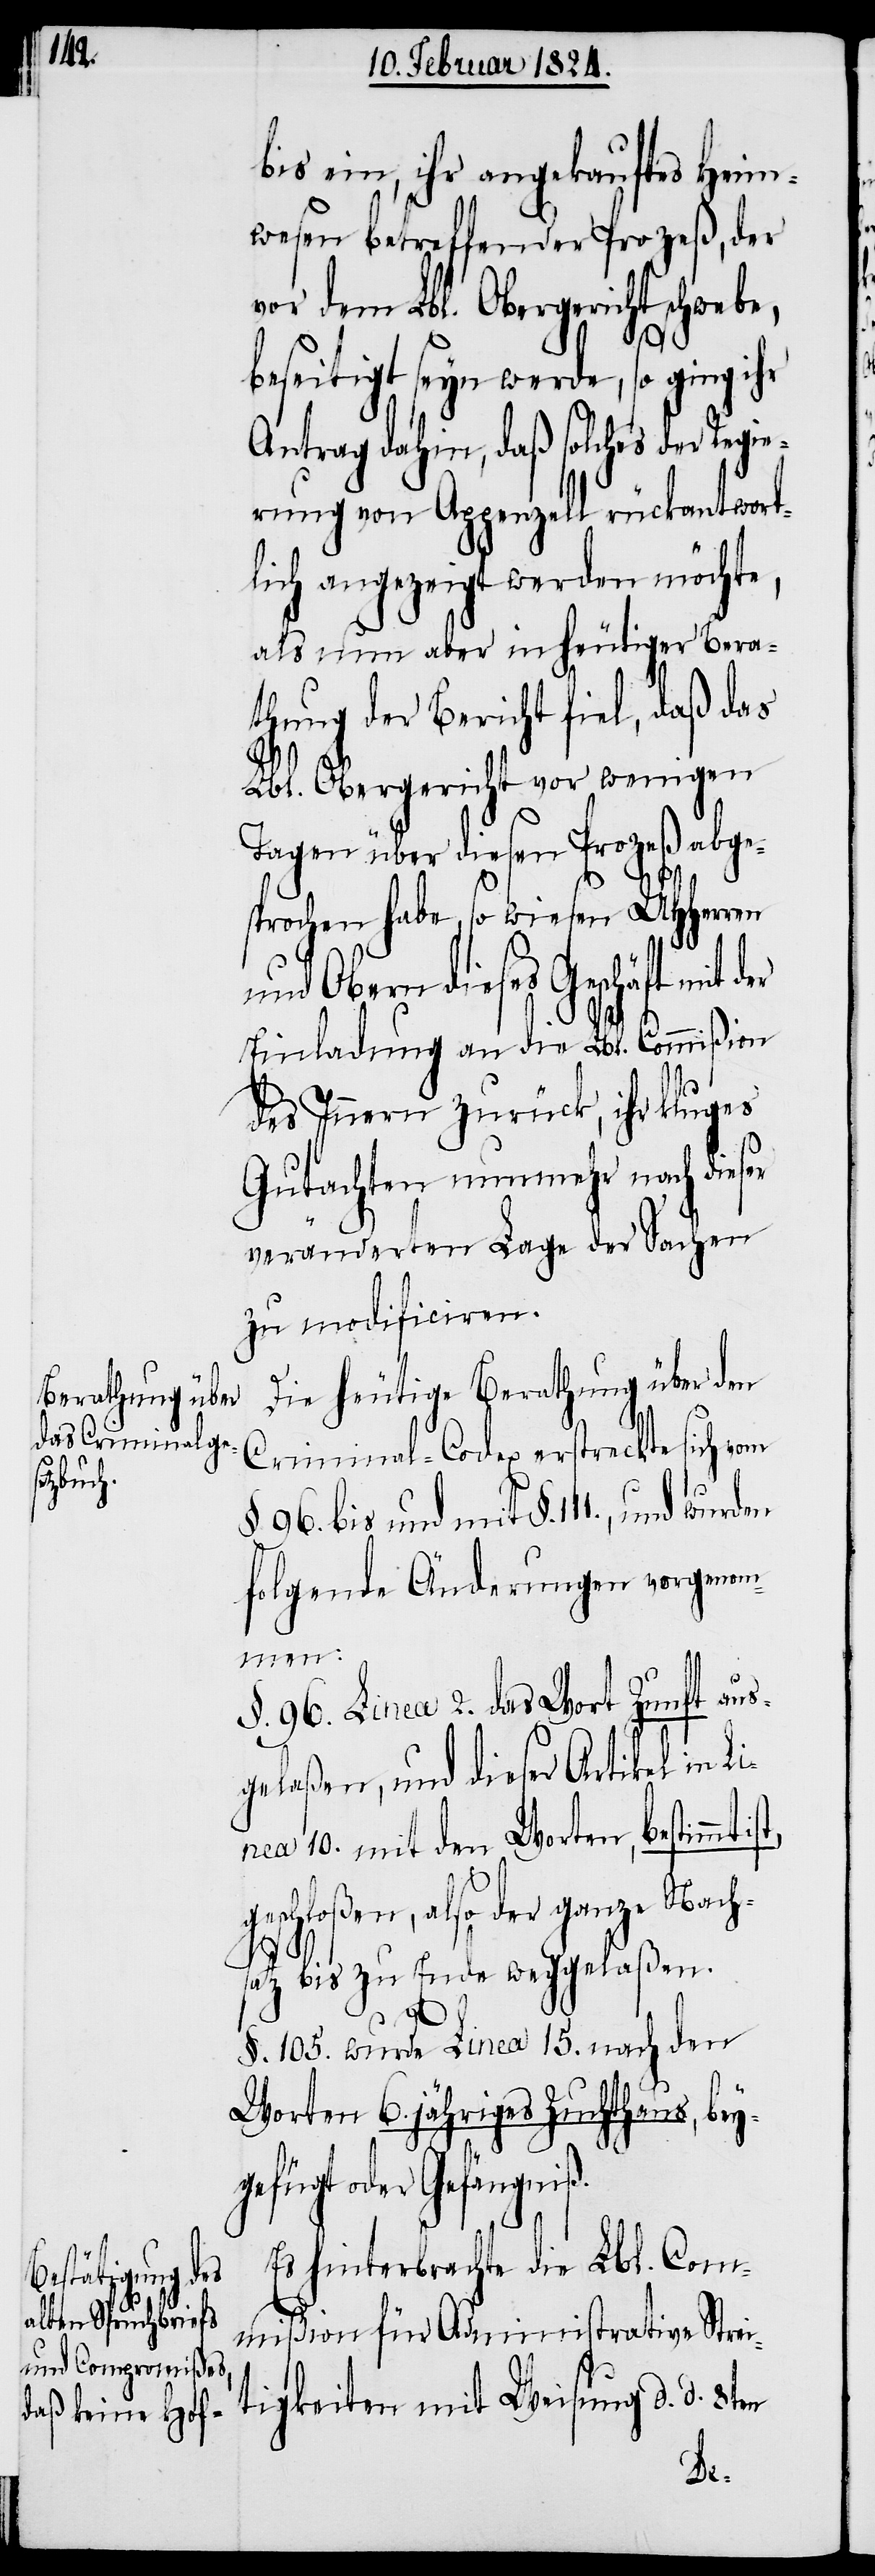
bis ein, ihr angekauftes Heim¬
wesen betreffender Prozeß, der
vor dem Lbl. Obergericht
beseitigt seyn werde, so ging ihr
Antrag dahin, saß solches der Re¬
rung von Appenzell rückantwort¬
lich angezeigt werden möchte,
als nun aber in heutiger Bera¬
thung der Bericht fiel, daß das
Lbl. Obergericht vor wenigen
Tagen über diesen Prozeß ange¬
sprochen habe, so wiesen UHHerren
und Obern dieses Geschäft mit
Einladung an die Lbl. Commißion
des Innern zurück, ihr kluges
Gutachten nunmehr nach dieser
veränderten Lage der Sachen
zu modificiren.
Die heutige Berathung über den
Criminal-Codex erstreckte sich vom
§. 96. bis und mit §. 111., und wurden
folgende Änderungen vorgenom¬
men:
§. 96. Linea 2. das Wort Zunft aus¬
gelaßen, und dieser Artikel in Li¬
nea 10. mit den Worten, bestimmt
tigkeiten mit Weisung d. d.
satz bis zu Ende weggelaßen.
§. 105. wurde Linea 15. nach den
Worten 6. jähriges Zuchthaus, bey¬
gefügt oder Gefängniß.
Es hinterbrachte die Lbl. Com¬
der
mißion für Administrative Strei¬
ge¬